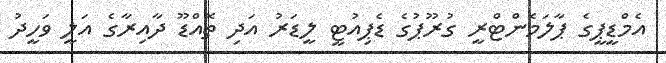
އެމްޑީޕީގެ ޕާލަމެންޓްރީ ގުރޫޕުގެ ޑެޕިއުޓީ ލީޑަރު އަދި ތޮއްޑޫ ދާއިރާގެ އަލީ ވަހީދު